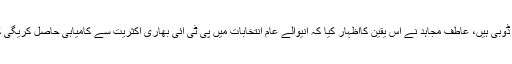
یہ سانحہ ماڈل ٹائون کے شہدائ اور غریب عوام کی بددعائیں نواز شریف کو لے ڈوبی ہیں، عاطف مجاہد نے اس یقین کااظہار کیا کہ آنیوالے عام انتخابات میں پی ٹی آئی بھاری اکثریت سے کامیابی حاصل کریگی کیونکہ پورے ملک کے بائیس کروڑ عوام کی نظریں اب عمران خان پر لگی ہیں۔